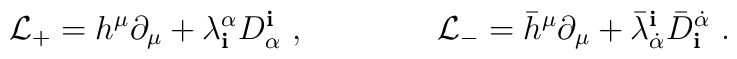
{\mathcal L}_+=h^\mu\partial_\mu+\lambda^\alpha_{\mathbf i}D_\alpha^{\mathbf i}\ ,\qquad\qquad{\mathcal L}_-={\bar h}^\mu\partial_\mu+{\bar\lambda}^{\mathbf i}_{\dot{\alpha}}{\bar D}_{\mathbf i}^{\dot{\alpha}}\ .